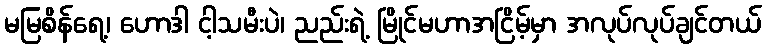
မမြစိန်ရေ့၊ ဟောဒါ ငါ့သမီးပဲ၊ ညည်းရဲ့ မြိုင်မဟာအငြိမ့်မှာ အလုပ်လုပ်ချင်တယ်